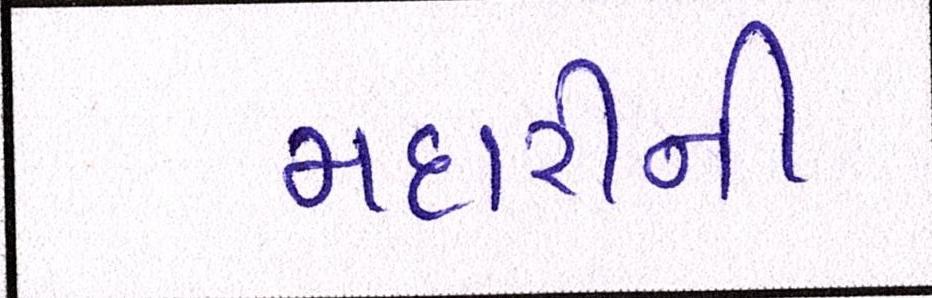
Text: મદારીની